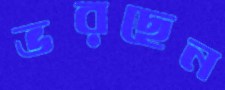
ভরছেন